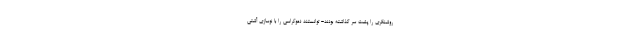
روشنگری را پشت سر گذاشته بودند- توانستند دموکراسی را با نوسازی آشتی